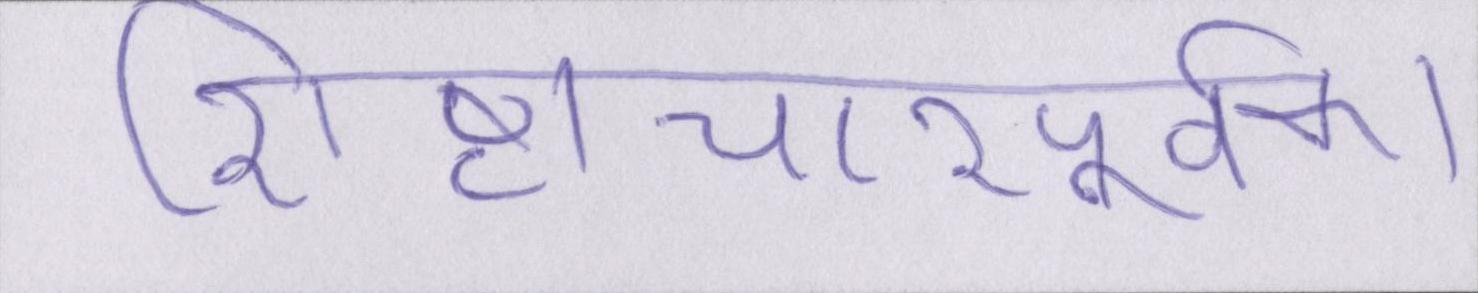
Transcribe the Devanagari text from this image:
शिष्टाचारपूर्वक।